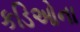
કડિઓના